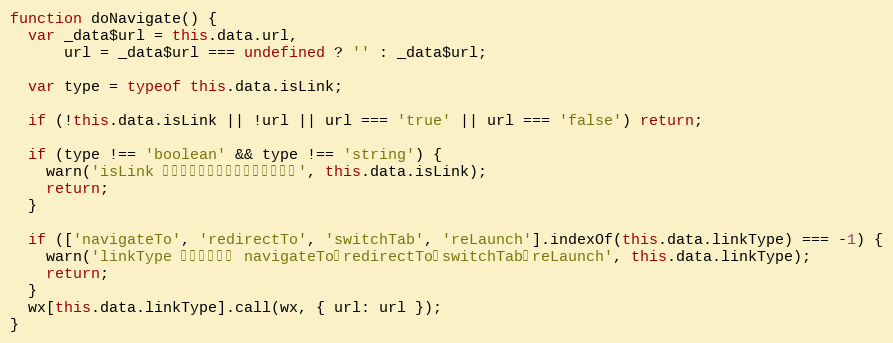
Language: JavaScript
function doNavigate() {
  var _data$url = this.data.url,
      url = _data$url === undefined ? '' : _data$url;

  var type = typeof this.data.isLink;

  if (!this.data.isLink || !url || url === 'true' || url === 'false') return;

  if (type !== 'boolean' && type !== 'string') {
    warn('isLink 属性值必须是一个字符串或布尔值', this.data.isLink);
    return;
  }

  if (['navigateTo', 'redirectTo', 'switchTab', 'reLaunch'].indexOf(this.data.linkType) === -1) {
    warn('linkType 属性可选值为 navigateTo，redirectTo，switchTab，reLaunch', this.data.linkType);
    return;
  }
  wx[this.data.linkType].call(wx, { url: url });
}